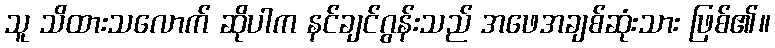
သူ သိထားသလောက် ဆိုပါက နင်ချင်ဂွန်းသည် အဖေအချစ်ဆုံးသား ဖြစ်၏။